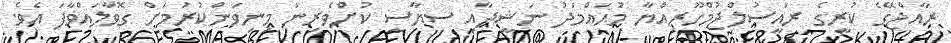
ރާއްޖޭގެ ކުރީގެ ރައީސުލްޖުމްހޫރިއްޔާ މުޙައްމަދު ނަޝީދާއި ސިޔާސީ ކުށްވެރިން މިނިވަންކުރުމަށް ގޮވާލައްވާފަ އެވެ.